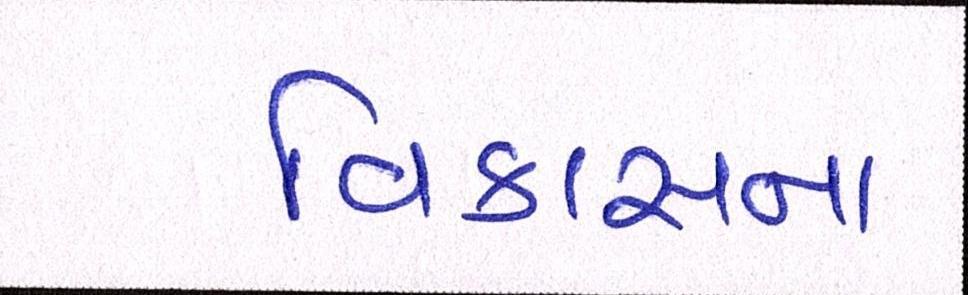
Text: વિકાસના